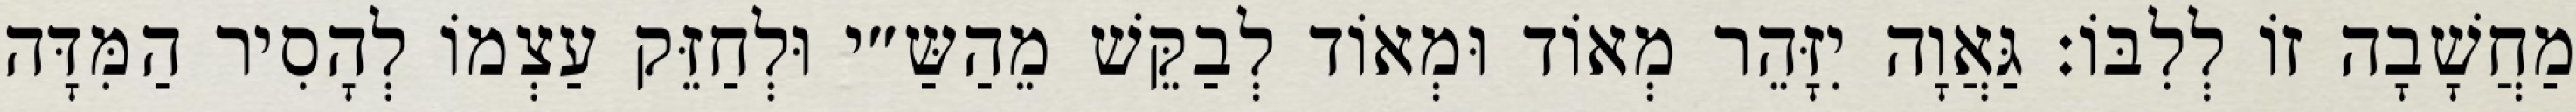
מַחֲשָׁבָה זוֹ לְלִבּוֹ: גַּאֲוָה יִזָּהֵר מְאוֹד וּמְאוֹד לְבַקֵּשׁ מֵהַשַּ״י וּלְחַזֵּק עַצְמוֹ לְהָסִיר הַמִּדָּה